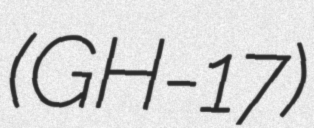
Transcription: (GH-17)